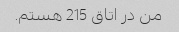
من در اتاق 215 هستم.